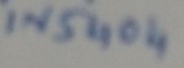
Text: IN5404